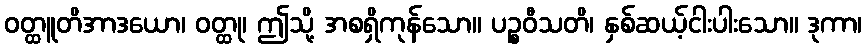
ဝတ္ထူတိအာဒယော၊ ဝတ္ထု၊ ဤသို့ အစရှိကုန်သော။ ပဉ္စဝီသတိ၊ နှစ်ဆယ့်ငါးပါးသော။ ဒုကာ၊